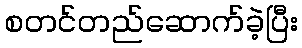
စတင်တည်ဆောက်ခဲ့ပြီး